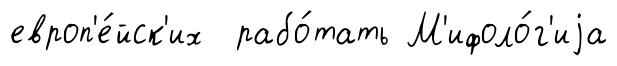
европ'е́йск'их рабо́тать М'ифоло́г'иjа